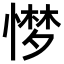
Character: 𢟼